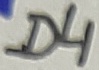
Text: D4